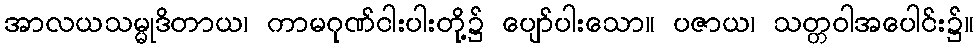
အာလယသမ္မုဒိတာယ၊ ကာမဂုဏ်ငါးပါးတို့၌ ပျော်ပါးသော။ ပဇာယ၊ သတ္တဝါအပေါင်း၌။